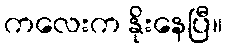
ကလေးက နိုးနေပြီ။